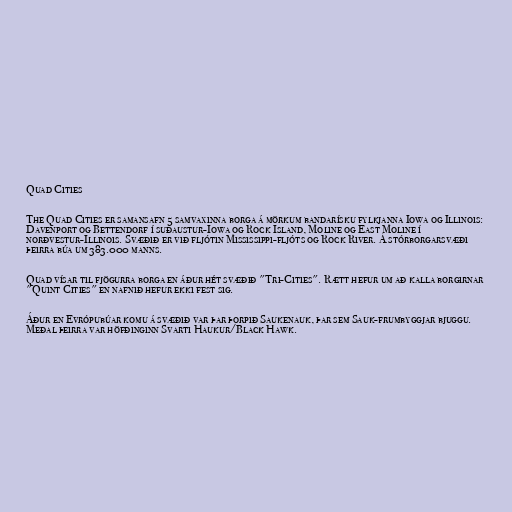
Quad Cities

The Quad Cities er samansafn 5 samvaxinna borga á mörkum bandarísku fylkjanna Iowa og Illinois:
Davenport og Bettendorf í suðaustur-Iowa og Rock Island, Moline og East Moline í
norðvestur-Illinois. Svæðið er við fljótin Mississippi-fljóts og Rock River. Á stórborgarsvæði
þeirra búa um 383.000 manns.

Quad vísar til fjögurra borga en áður hét svæðið "Tri-Cities". Rætt hefur um að kalla borgirnar
"Quint Cities" en nafnið hefur ekki fest sig.

Áður en Evrópubúar komu á svæðið var þar þorpið Saukenauk, þar sem Sauk-frumbyggjar bjuggu.
Meðal þeirra var höfðinginn Svarti Haukur/Black Hawk.